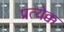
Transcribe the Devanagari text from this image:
प्रत्येक्क